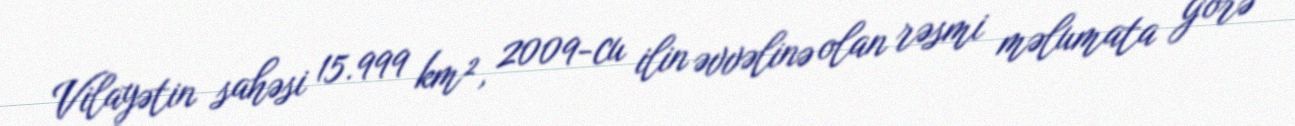
Vilayətin sahəsi 15.999 km², 2009-cu ilin əvvəlinə olan rəsmi məlumata görə